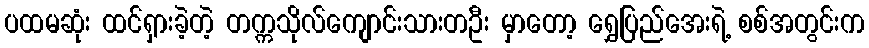
ပထမဆုံး ထင်ရှားခဲ့တဲ့ တက္ကသိုလ်ကျောင်းသားတဦး မှာတော့ ရွှေပြည်အေးရဲ့ စစ်အတွင်းက